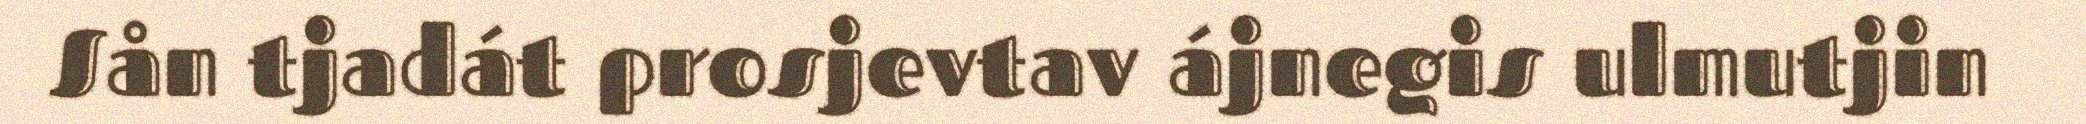
Sån tjadát prosjevtav ájnegis ulmutjin